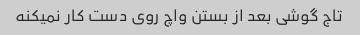
تاج گوشی بعد از بستن واچ روی دست کار نمیکنه